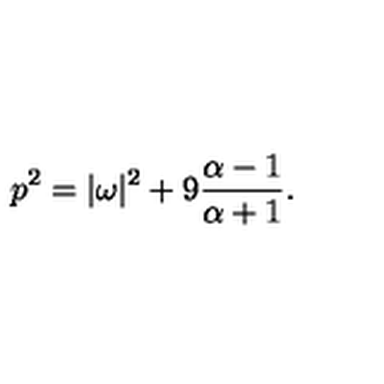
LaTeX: p ^ { 2 } = | \omega | ^ { 2 } + 9 { \frac { \alpha - 1 } { \alpha + 1 } } .